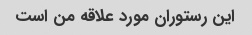
این رستوران مورد علاقه من است